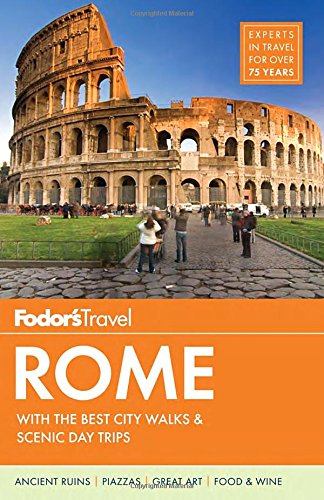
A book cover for Fodor's Rome: with the Best City Walks & Scenic Day Trips (Full-color Travel Guide); Fodor's; Travel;